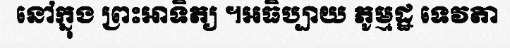
នៅក្នុង ព្រះអាទិត្យ ។អធិប្បាយ ភូម្មដ្ឋ ទេវតា